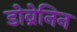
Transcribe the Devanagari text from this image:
डोब्रेनिन